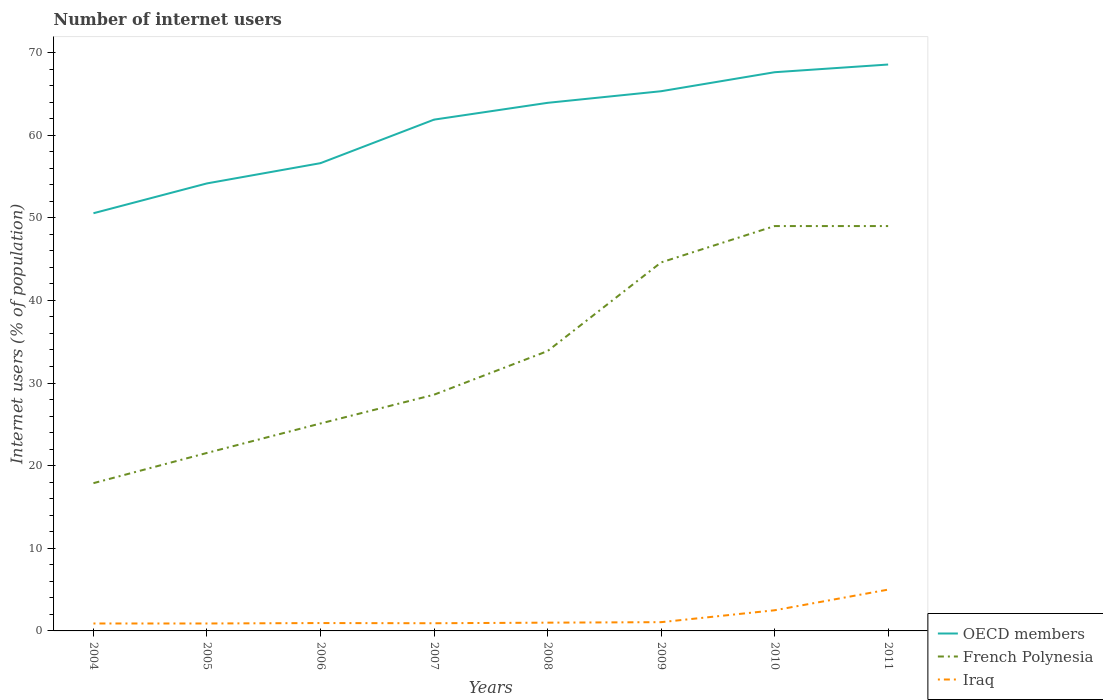
| Years | OECD members | French Polynesia | Iraq |
 | --- | --- | --- | --- |
 | 2004 | 50.6 | 17.9 | 0.9 |
 | 2005 | 54.2 | 21.5 | 0.9 |
 | 2006 | 56.6 | 25.1 | 0.952 |
 | 2007 | 61.9 | 28.6 | 0.93 |
 | 2008 | 63.9 | 33.9 | 1 |
 | 2009 | 65.3 | 44.6 | 1.06 |
 | 2010 | 67.6 | 49 | 2.5 |
 | 2011 | 68.6 | 49 | 5 |